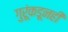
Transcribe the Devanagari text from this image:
गुरूंकडूनही